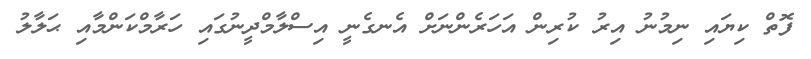
ފޮތް ކިޔައި ނިމުނު އިރު ކުރިން އަހަރެންނަށް އެނގެނީ އިސްލާމްދީނުގައި ހަރާމްކަންމާއި ޙަލާލު